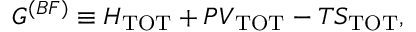
G ^ { ( B F ) } \equiv { \cal H } _ { \mathrm { T O T } } + P V _ { \mathrm { T O T } } - T S _ { \mathrm { T O T } } ,